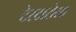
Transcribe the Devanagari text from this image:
टेस्टारोसा